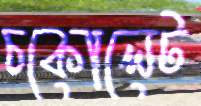
চকোলেট